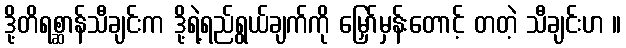
ဒို့တိရစ္ဆာန်သီချင်းက ဒို့ရဲ့ရည်ရွယ်ချက်ကို မြှော်မှန်းတောင့် တတဲ့ သီချင်းဟ ။